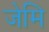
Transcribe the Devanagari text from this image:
जेमि